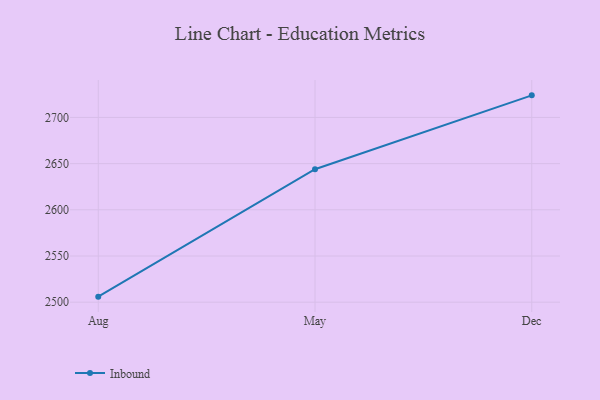
{"axis": {"x": "Month", "y": "Inventory Turnover"}, "legend": ["Inbound"], "data": [{"x": "Aug", "y": 2506.0, "type": "Inbound"}, {"x": "May", "y": 2643.9, "type": "Inbound"}, {"x": "Dec", "y": 2723.9, "type": "Inbound"}]}